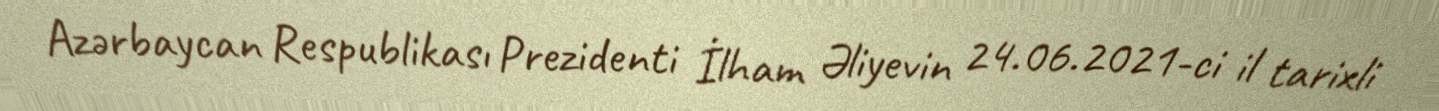
Azərbaycan Respublikası Prezidenti İlham Əliyevin 24.06.2021-ci il tarixli